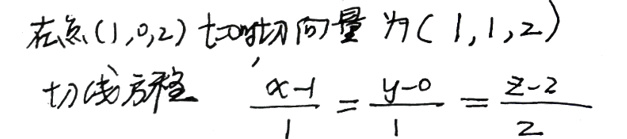
在点\((1,0,2)\)处的切向量为\((1,1,2)\)

切线方程\(\frac{x - 1}{1}=\frac{y - 0}{1}=\frac{z - 2}{2}\)